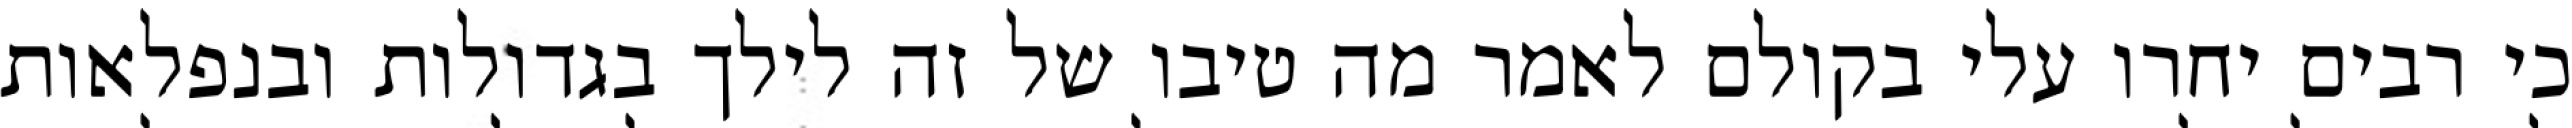
כי רבים יחרו עלי בקולם לאמר מה טיבו של זה לילך בגדולות ובנפלאות